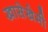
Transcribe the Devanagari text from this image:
खासेखेमी